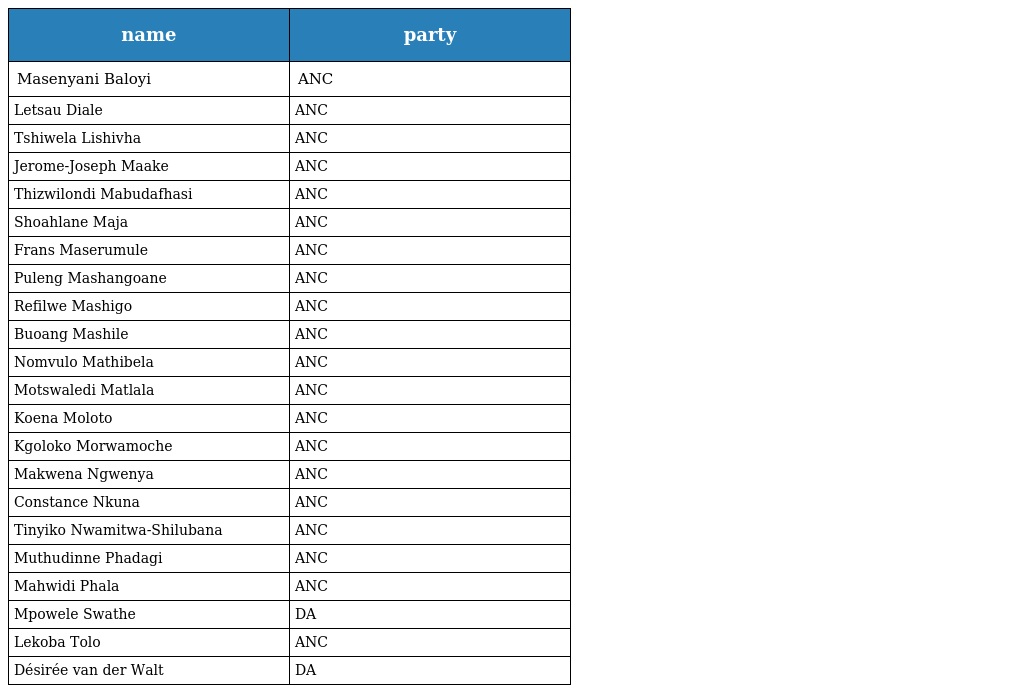
| name | party |
 | --- | --- |
 | Masenyani Baloyi | ANC |
 | Letsau Diale | ANC |
 | Tshiwela Lishivha | ANC |
 | Jerome-Joseph Maake | ANC |
 | Thizwilondi Mabudafhasi | ANC |
 | Shoahlane Maja | ANC |
 | Frans Maserumule | ANC |
 | Puleng Mashangoane | ANC |
 | Refilwe Mashigo | ANC |
 | Buoang Mashile | ANC |
 | Nomvulo Mathibela | ANC |
 | Motswaledi Matlala | ANC |
 | Koena Moloto | ANC |
 | Kgoloko Morwamoche | ANC |
 | Makwena Ngwenya | ANC |
 | Constance Nkuna | ANC |
 | Tinyiko Nwamitwa-Shilubana | ANC |
 | Muthudinne Phadagi | ANC |
 | Mahwidi Phala | ANC |
 | Mpowele Swathe | DA |
 | Lekoba Tolo | ANC |
 | Désirée van der Walt | DA |